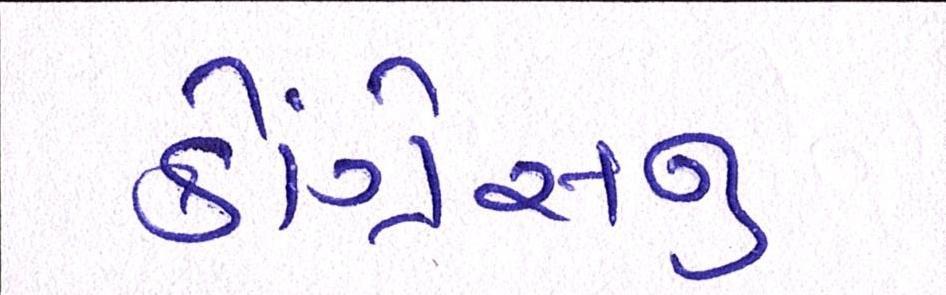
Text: કોંગ્રેસનુ